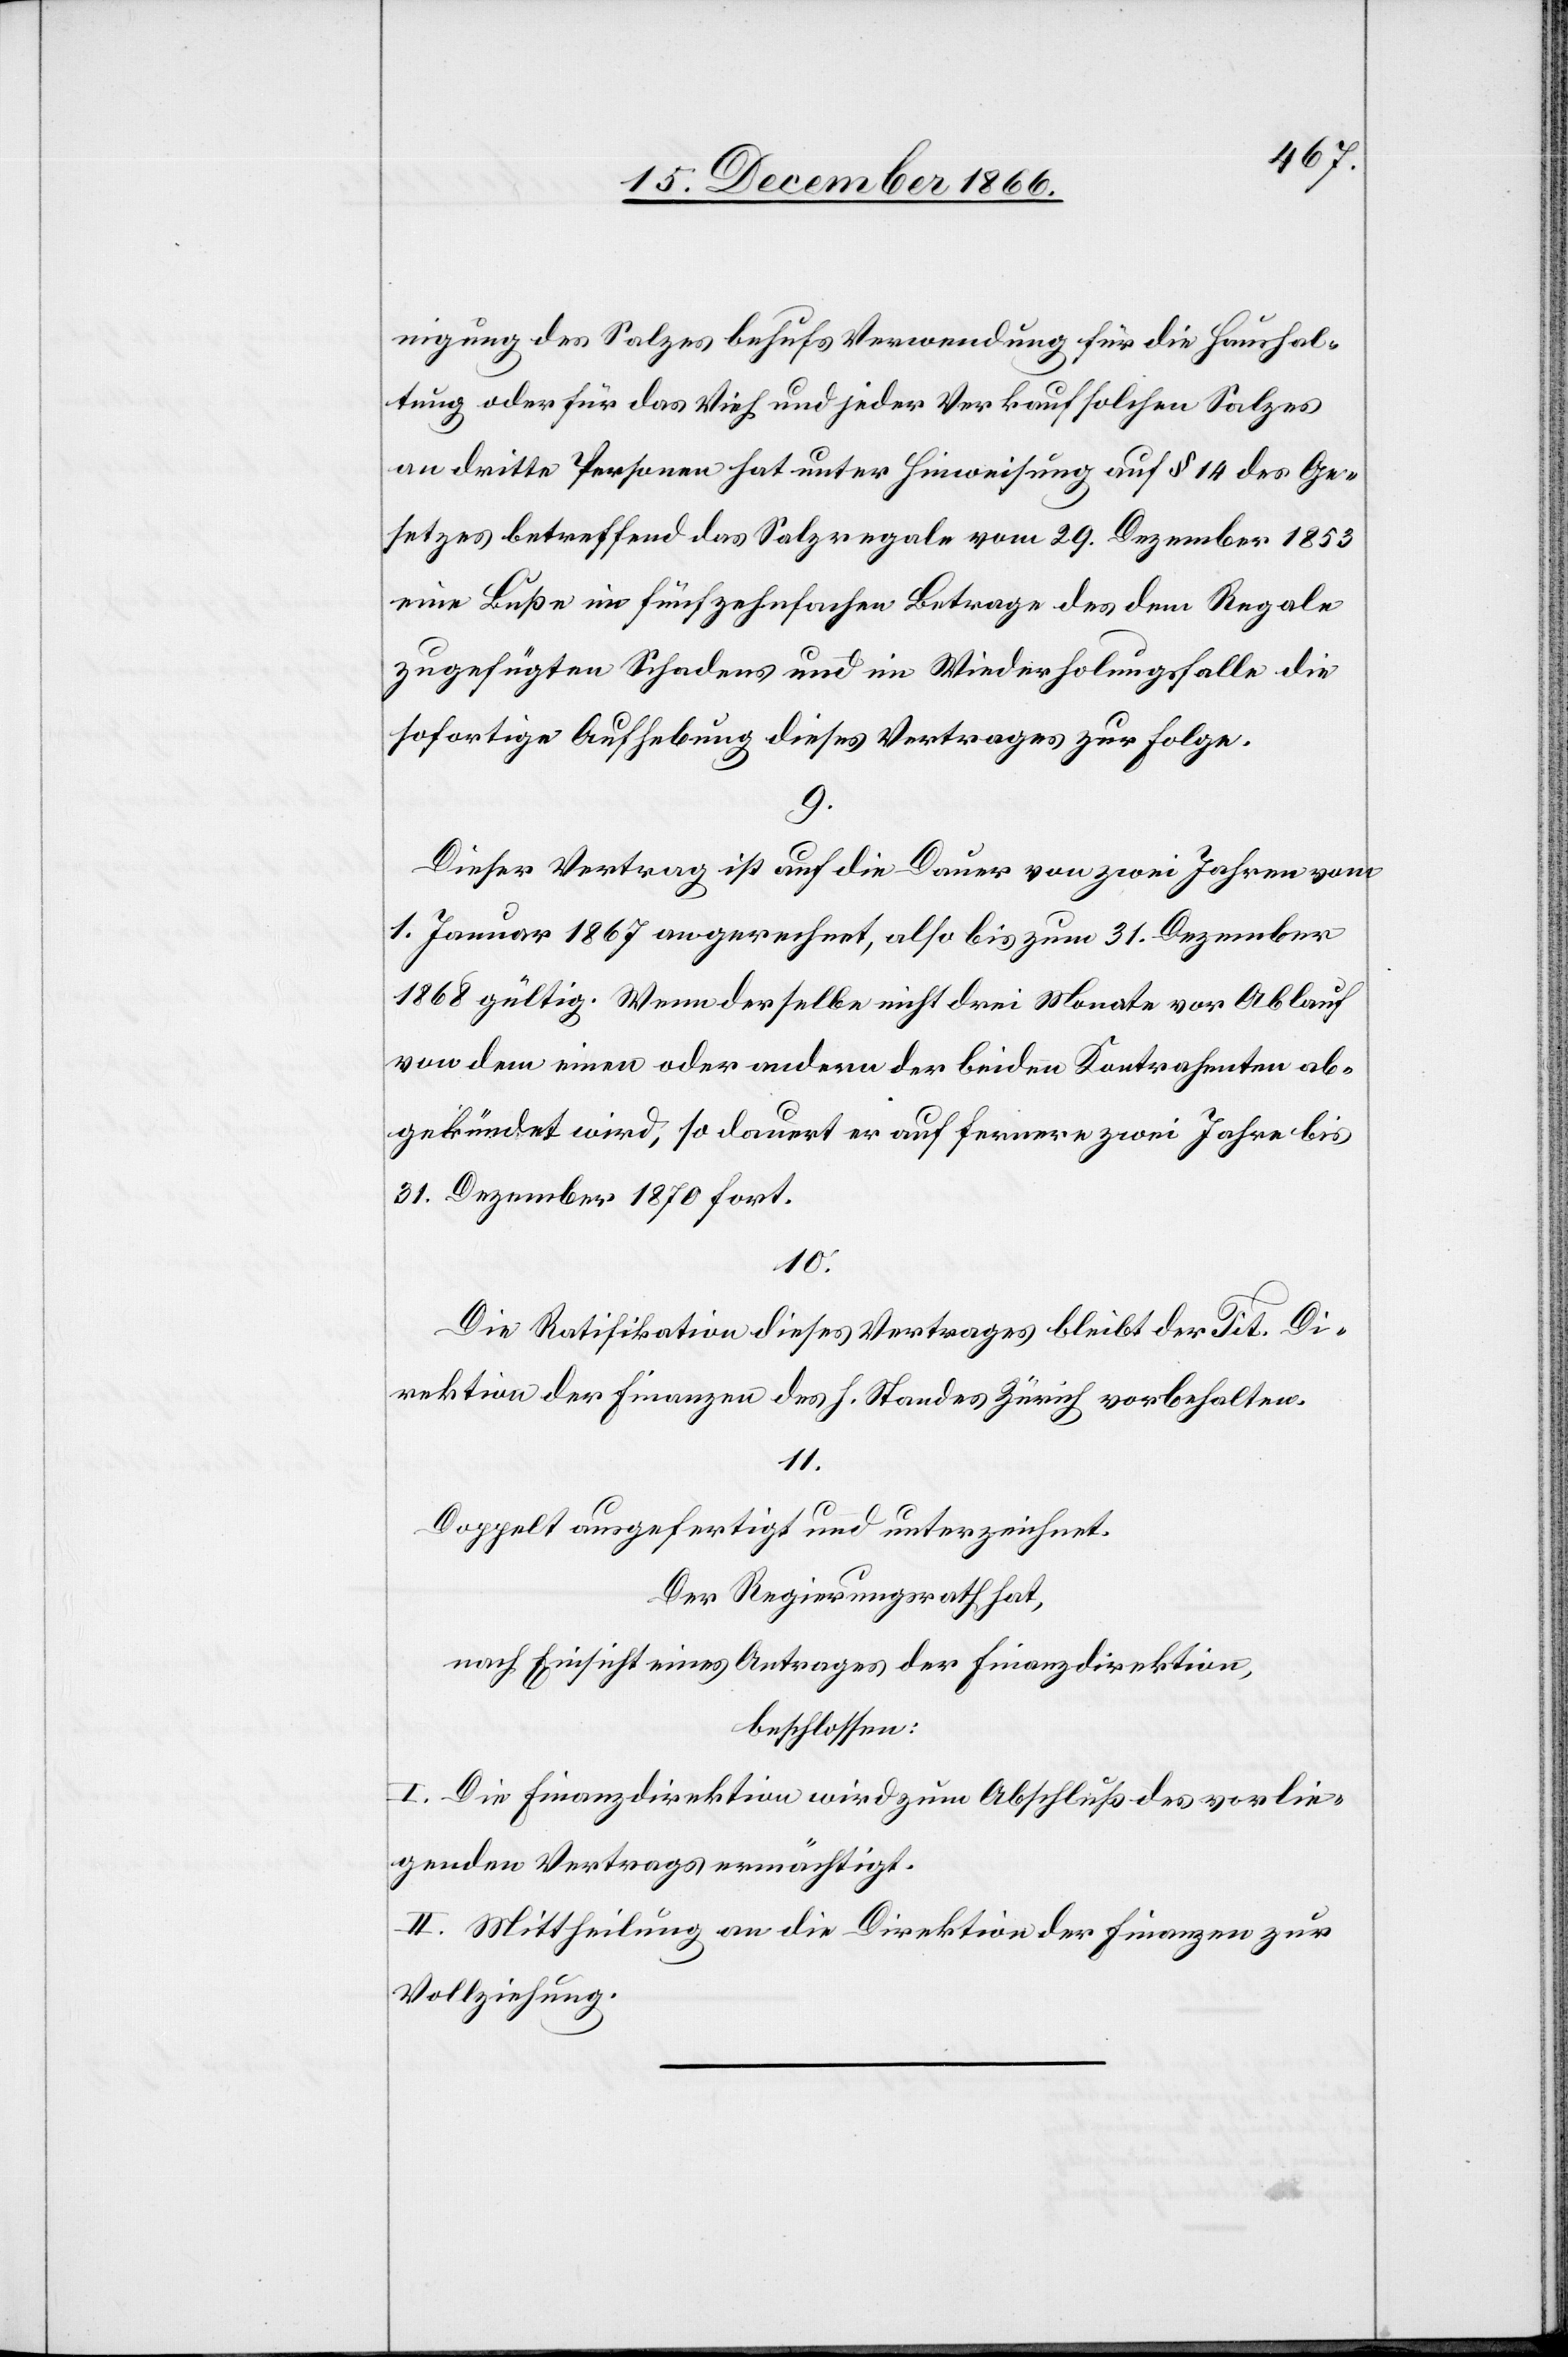
nigung des Salzes behufs Verwendung für die Haushal¬
tung oder für das Vieh und jeder Verkauf solchen Salzes
an dritte Personen hat unter Hinweisung auf § 14 des Ge¬
setzes betreffend das Salzregale vom 29. Dezember 1853
eine Buße im fünfzehnfachen Betrage des dem Regale
zugefügten Schadens und im Wiederholungsfalle die
sofortige Aufhebung dieses Vertrages zur Folge.
9.
Dieser Vertrag ist auf die Dauer von zwei Jahren vom
1. Januar 1867 an gerechnet, also bis zum 31. Dezember
1868 gültig. Wenn derselbe nicht drei Monate vor Ablauf
von dem einen oder andern der beiden Kontrahenten ab¬
gekündet wird, so dauert er auf fernere zwei Jahre bis
31. Dezember 1870 fort.
10.
Die Ratifikation dieses Vertrages bleibt der Tit. Di¬
rektion der Finanzen des h. Standes Zürich vorbehalten.
11.
Doppelt ausgefertigt und unterzeichnet.
Der Regierungsrath hat,
nach Einsicht eines Antrages der Finanzdirektion,
beschlossen:
I. Die Finanzdirektion wird zum Abschluß des vorlie¬
genden Vertrages ermächtigt.
II. Mittheilung an die Direktion der Finanzen zur
Vollziehung.